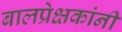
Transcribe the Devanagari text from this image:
बालप्रेक्षकांनी